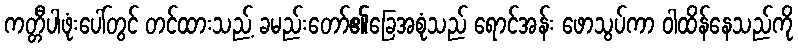
ကတ္တီပါဖုံးပေါ်တွင် တင်ထားသည့် ခမည်းတော်၏ခြေအစုံသည် ရောင်အန်း ဖောသွပ်ကာ ဝါထိန်နေသည်ကို